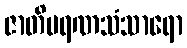
ဇာတိမရဏသံသာရော